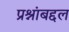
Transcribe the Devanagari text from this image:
प्रश्नांबद्दल